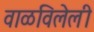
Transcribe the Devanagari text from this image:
वाळविलेली